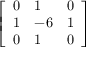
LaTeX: \left[ \begin{array} { l l l } { 0 } & { 1 } & { 0 } \\ { 1 } & { - 6 } & { 1 } \\ { 0 } & { 1 } & { 0 } \end{array} \right]